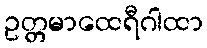
ဥတ္တမာထေရီဂါထာ